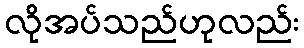
လိုအပ်သည်ဟုလည်း